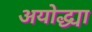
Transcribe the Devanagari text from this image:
अयोद्ध्या